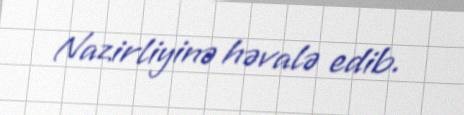
Nazirliyinə həvalə edib.